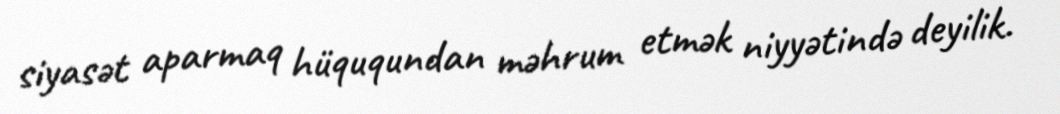
siyasət aparmaq hüququndan məhrum etmək niyyətində deyilik.